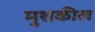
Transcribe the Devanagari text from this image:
मुशकील